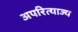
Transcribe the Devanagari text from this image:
अपरित्याज्य